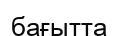
бағытта